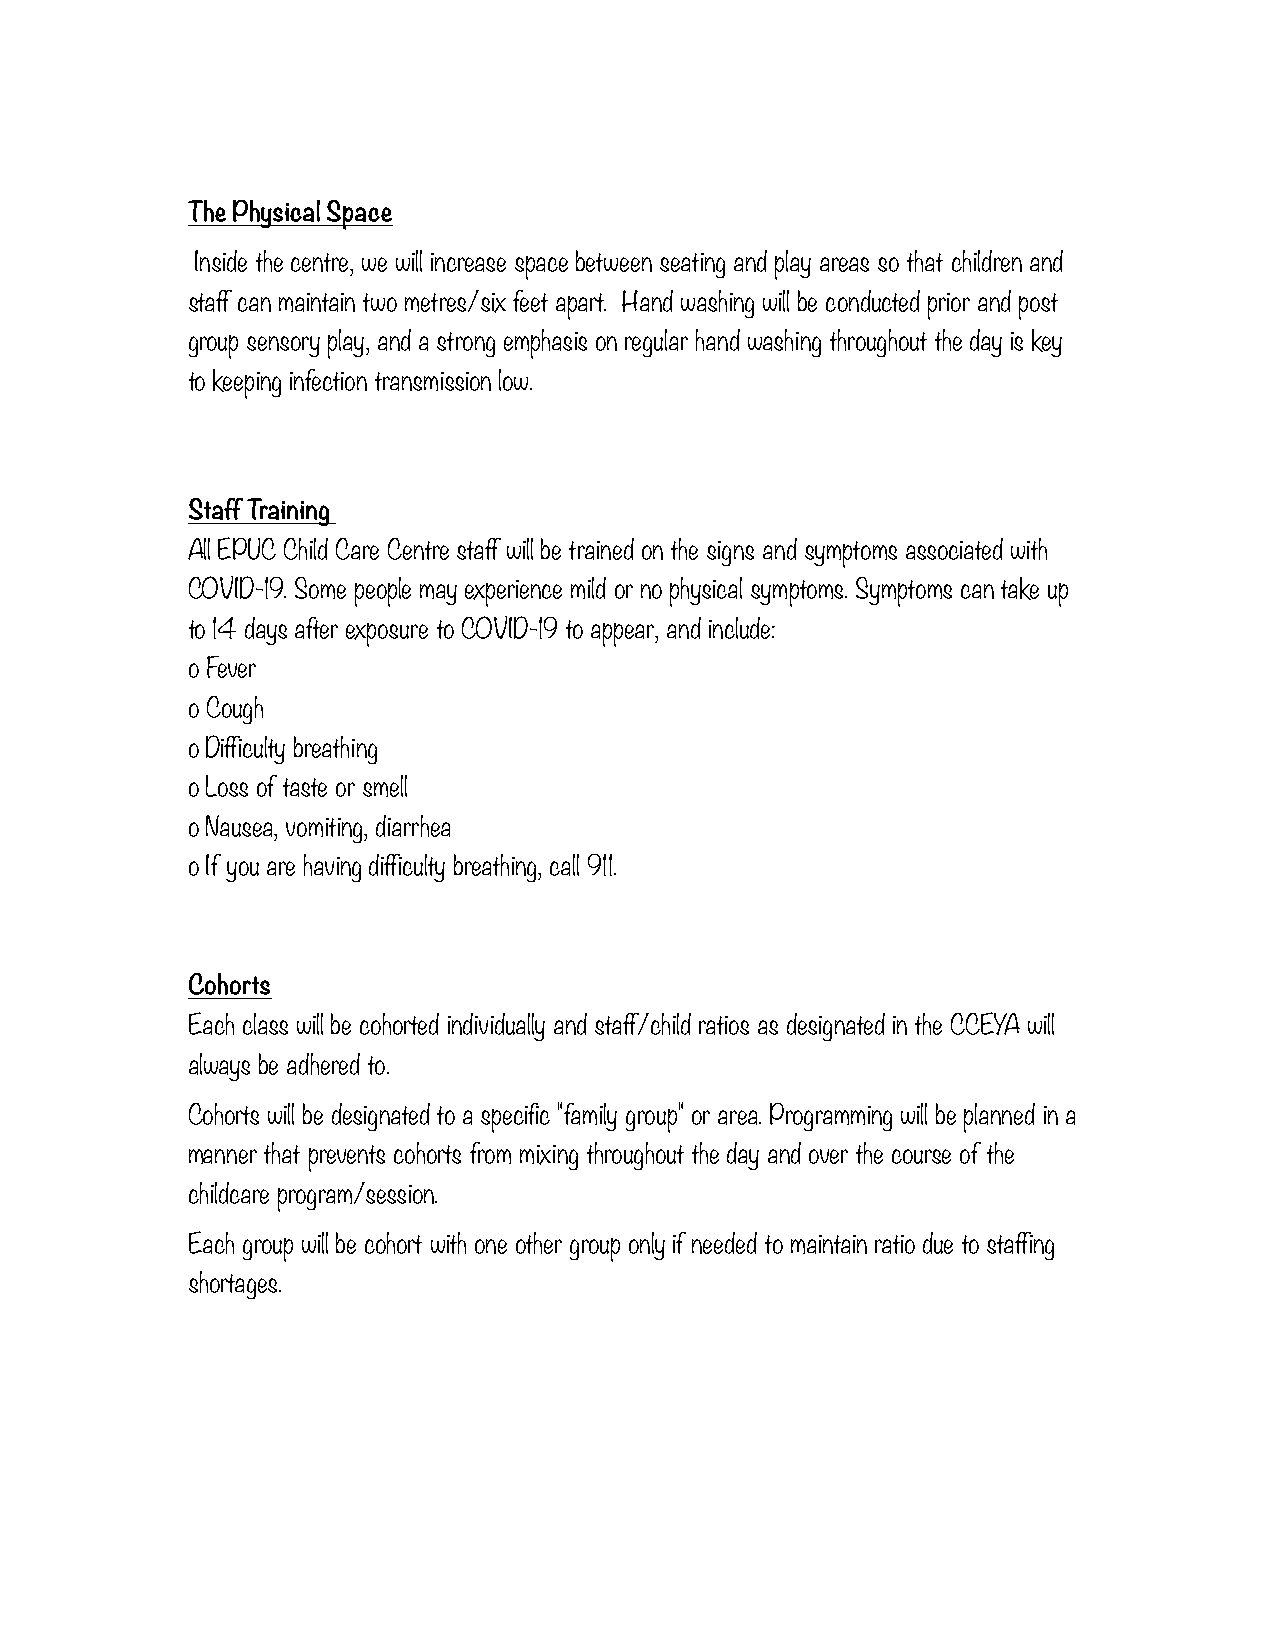
The Physical Space
 Inside the centre, we will increase space between seating and play areas so that children and
 staff can maintain two metres/six feet apart. Hand washing will be conducted prior and post
 group sensory play, and a strong emphasis on regular hand washing throughout the day is key
 to keeping infection transmission low.
 Staff Training
 All EPUC Child Care Centre staff will be trained on the signs and symptoms associated with
 COVID-19. Some people may experience mild or no physical symptoms. Symptoms can take up
 to 14 days after exposure to COVID-19 to appear, and include:
 o Fever
 o Cough
 o Difficulty breathing
 o Loss of taste or smell
 o Nausea, vomiting, diarrhea
 o If you are having difficulty breathing, call 911.
 Cohorts
 Each class will be cohorted individually and staff/child ratios as designated in the CCEYA will
 always be adhered to.
 Cohorts will be designated to a specific "family group" or area. Programming will be planned in a
 manner that prevents cohorts from mixing throughout the day and over the course of the
 childcare program/session.
 Each group will be cohort with one other group only if needed to maintain ratio due to staffing
 shortages.